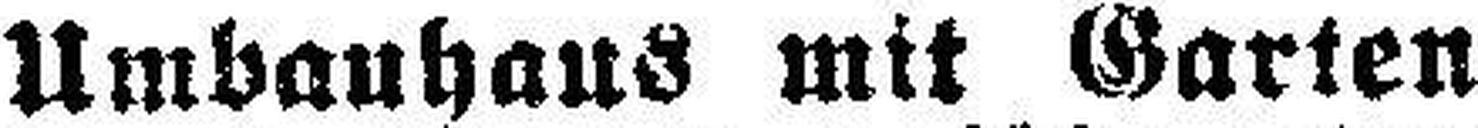
Umbauhaus mit Garten